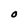
Character: 0